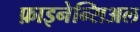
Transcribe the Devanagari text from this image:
फ़ाइनेन्सिअल